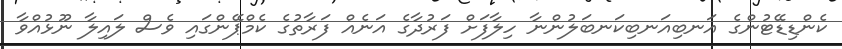
ކެންޑިޑޭޓުންގެ އަނބިއަނބިކަނބަލުންނާ ހިލާފަށް ފަރުދާގެ އަނެއް ފަރާތުގެ ކެމްޕޭންގައި ވެސް ލައިލާ ނޫޅުއްވާ